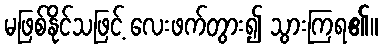
မဖြစ်နိုင်သဖြင့် လေးဖက်တွား၍ သွားကြရ၏။